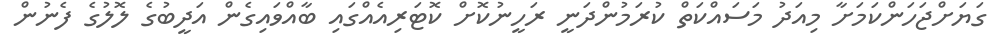
ގަޔަށްޖަހަންކަމަށާ މިއަދު މަސައްކަތް ކުރަމުންދަނީ ރަހީނުކޮށް ކޮޓަރިއެއްގައި ބާއްވައިގެން އަދީބުގެ ލޮލުގެ ފެނުން